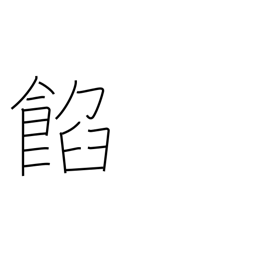
Meaning: bean jam